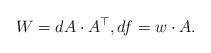
LaTeX: \begin{align*}W=dA \cdot A^\top, df= w\cdot A.\end{align*}